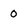
Character: 0